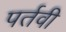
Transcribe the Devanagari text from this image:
पर्तवी